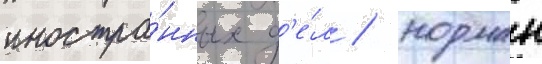
иностра́нных д'е́л / норман